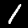
Digit: 1